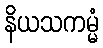
နိယသကမ္မံ